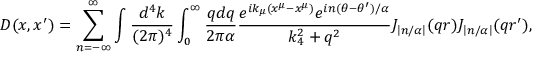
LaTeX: D ( x , x ^ { \prime } ) = \sum _ { n = - \infty } ^ { \infty } \int { \frac { d ^ { 4 } k } { ( 2 \pi ) ^ { 4 } } } \int _ { 0 } ^ { \infty } { \frac { q d q } { 2 \pi \alpha } } { \frac { e ^ { i k _ { \mu } ( x ^ { \mu } - x ^ { \mu } ) } e ^ { i n ( \theta - \theta ^ { \prime } ) / \alpha } } { k _ { 4 } ^ { 2 } + q ^ { 2 } } } J _ { \left| n / \alpha \right| } ( q r ) J _ { \left| n / \alpha \right| } ( q r ^ { \prime } ) ,